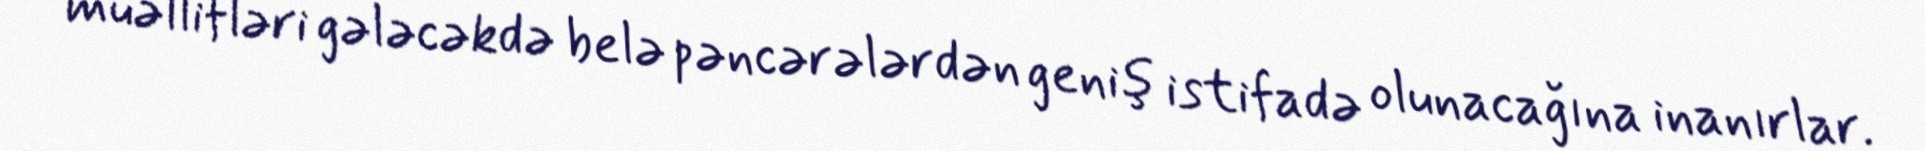
müəllifləri gələcəkdə belə pəncərələrdən geniş istifadə olunacağına inanırlar.